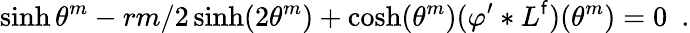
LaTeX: \sinh\theta^{m}-rm/2\sinh(2\theta^{m})+\cosh(\theta^{m})(\varphi^{\prime}*L^{\mathsf{f}})(\theta^{m})=0\, \, \, .